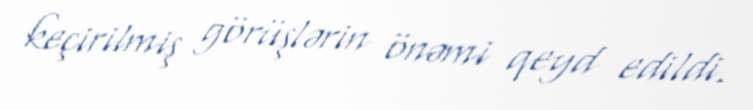
keçirilmiş görüşlərin önəmi qeyd edildi.